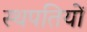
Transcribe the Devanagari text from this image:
स्थपतियों